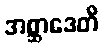
အစ္ဆာဒေတိ